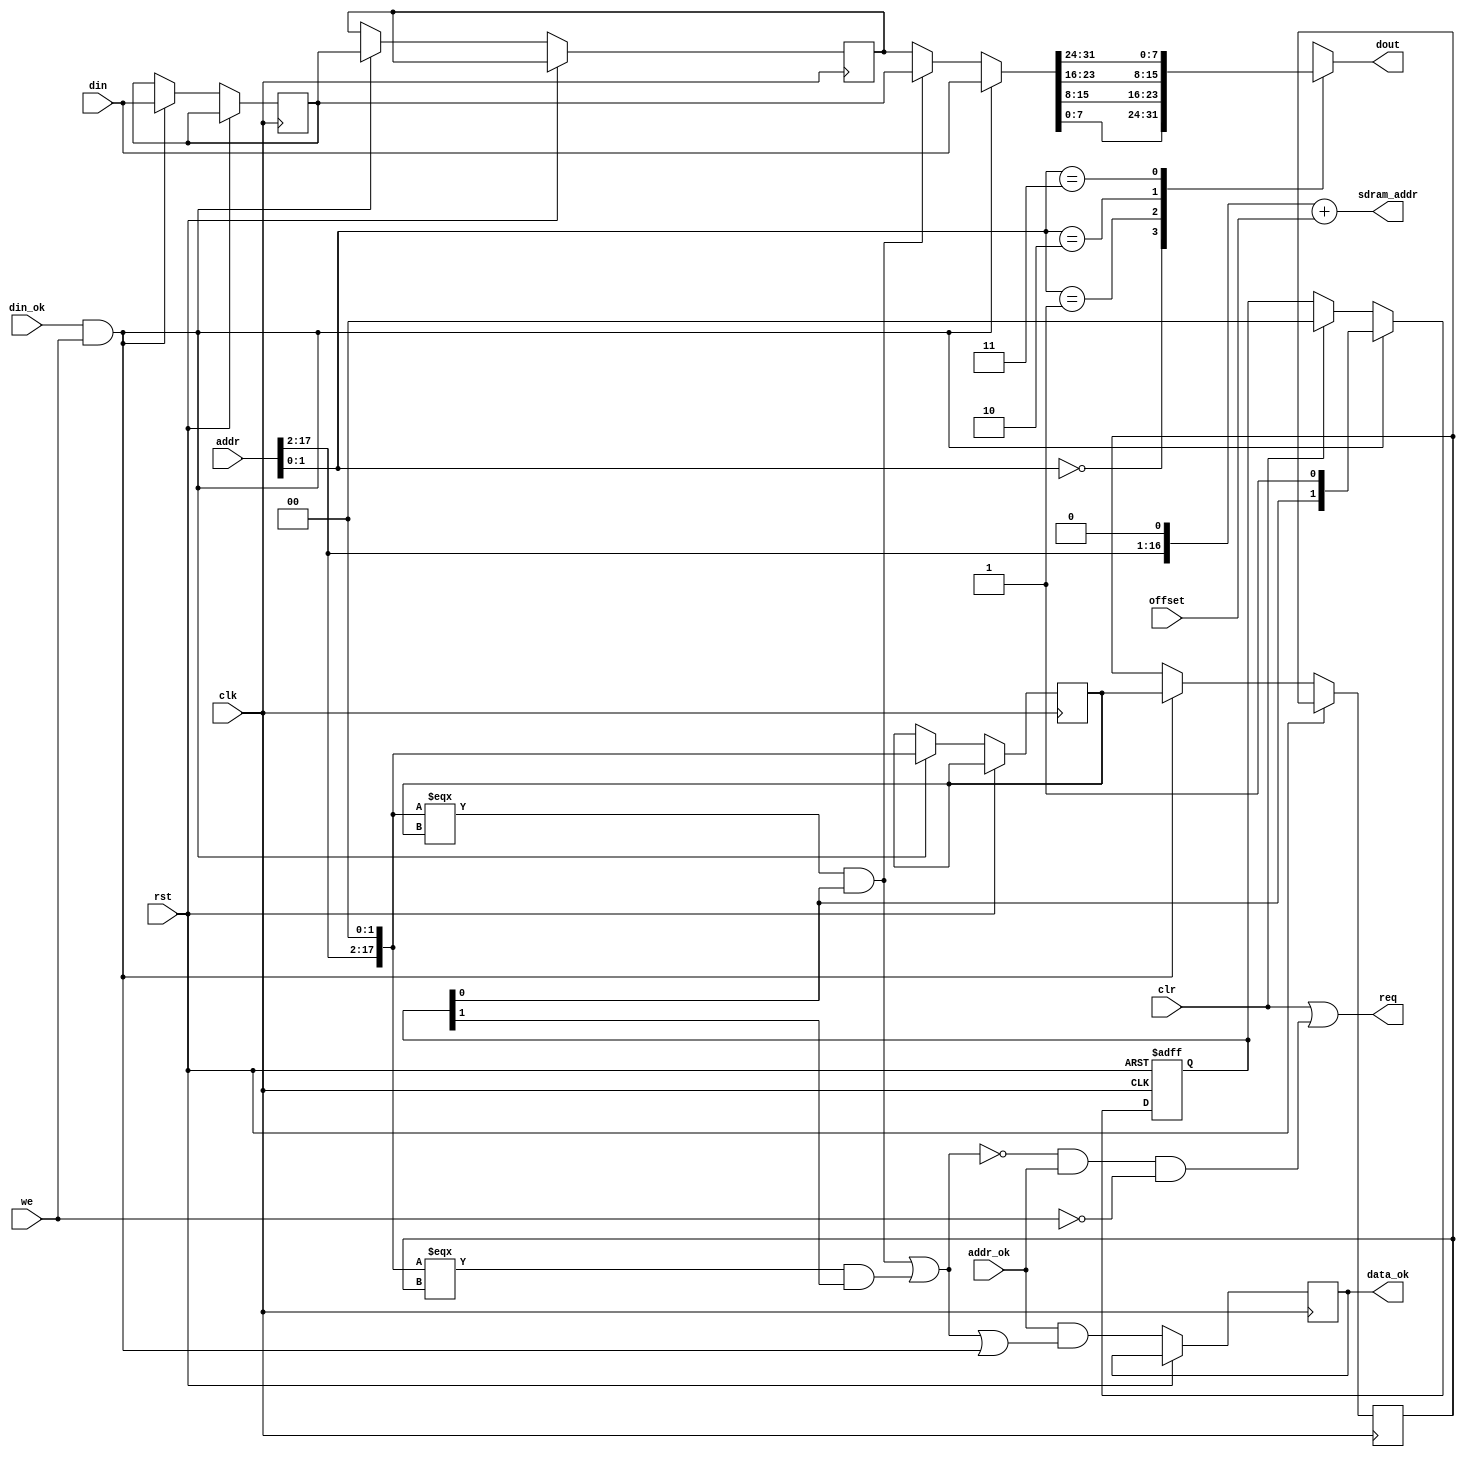
/*  This file is part of JTFRAME.
    JTFRAME program is free software: you can redistribute it and/or modify
    it under the terms of the GNU General Public License as published by
    the Free Software Foundation, either version 3 of the License, or
    (at your option) any later version.

    JTFRAME program is distributed in the hope that it will be useful,
    but WITHOUT ANY WARRANTY; without even the implied warranty of
    MERCHANTABILITY or FITNESS FOR A PARTICULAR PURPOSE.  See the
    GNU General Public License for more details.

    You should have received a copy of the GNU General Public License
    along with JTFRAME.  If not, see <http://www.gnu.org/licenses/>.

    Author: Jose Tejada Gomez. Twitter: @topapate
    Version: 1.0
    Date: 28-2-2019 */

`timescale 1ns/1ps

module jtframe_romrq #(parameter AW=18, DW=8 )(
    input               rst,
    input               clk,
    input               clr, // clears the cache
    input [21:0]        offset,
    input [AW-1:0]      addr,
    input               addr_ok,    // signals that value in addr is valid
    input [31:0]        din,
    input               din_ok,
    input               we,
    output reg          req,
    output reg          data_ok,    // strobe that signals that data is ready
    output     [21:0]   sdram_addr,
    output reg [DW-1:0] dout
);

reg [AW-1:0] addr_req;

reg [AW-1:0] cached_addr0;
reg [AW-1:0] cached_addr1;
reg [31:0]   cached_data0;
reg [31:0]   cached_data1;
reg [1:0]    subaddr;
reg [1:0]    good;
reg hit0, hit1;

wire  [21:0] size_ext = { {22-AW{1'b0}}, addr_req };
assign sdram_addr = (DW==8?(size_ext>>1):size_ext ) + offset;

always @(*) begin
    case(DW)
        8:  addr_req = {addr[AW-1:2],2'b0};
        16: addr_req = {addr[AW-1:1],1'b0};
        32: addr_req = addr;
    endcase
    hit0 = addr_req === cached_addr0 && good[0];
    hit1 = addr_req === cached_addr1 && good[1];
    req = clr || ( !(hit0 || hit1) && addr_ok && !we);
end

// reg [1:0] ok_sr;

always @(posedge clk, posedge rst)
    if( rst ) begin
        good      <= 2'b00;
    end else begin
        if( clr ) good <= 2'b00;
        data_ok <= addr_ok && ( hit0 || hit1 || (din_ok&&we));
        if( we && din_ok ) begin
            cached_data1 <= cached_data0;
            cached_addr1 <= cached_addr0;
            cached_data0 <= din;
            cached_addr0 <= addr_req;
            good <= { good[0], 1'b1 };
        end
    end

always @(*) begin
    subaddr[1] = addr[1];
    subaddr[0] = addr[0];
end

// data_mux selects one of two cache registers
// but if we are getting fresh data, it selects directly the new data
// this saves one clock cycle at the expense of more LUTs
wire [31:0] data_mux = (we&&din_ok) ? din :
    (hit0 ? cached_data0 : cached_data1);

generate
    if(DW==8) begin
        always @(*)
        case( subaddr )
            2'd0: dout = data_mux[ 7: 0];
            2'd1: dout = data_mux[15: 8];
            2'd2: dout = data_mux[23:16];
            2'd3: dout = data_mux[31:24];
        endcase
    end else if(DW==16) begin
        always @(*)
        case( subaddr[0] )
                1'd0: dout = data_mux[15:0];
                1'd1: dout = data_mux[31:16];
        endcase
    end else always @(*) dout = data_mux;
endgenerate


endmodule // jtframe_romrq